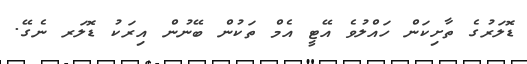
ޑޮލަރުގެ ތާށިކަން ހައްލުވެ އޭޓީ އެމް ތަކުން ބޭނުން އިރަކު ޑޮލަރ ނެގޭ.